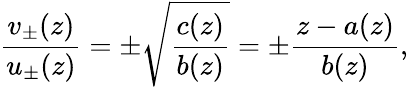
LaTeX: \frac{v_{\pm}(z)}{u_{\pm}(z)}=\pm\sqrt{\frac{c(z)}{b(z)}}=\pm\frac{z-a(z)}{b(z)},